Vaccination Hyderabad 1872-1889 - 1872-1889
Year: 1872
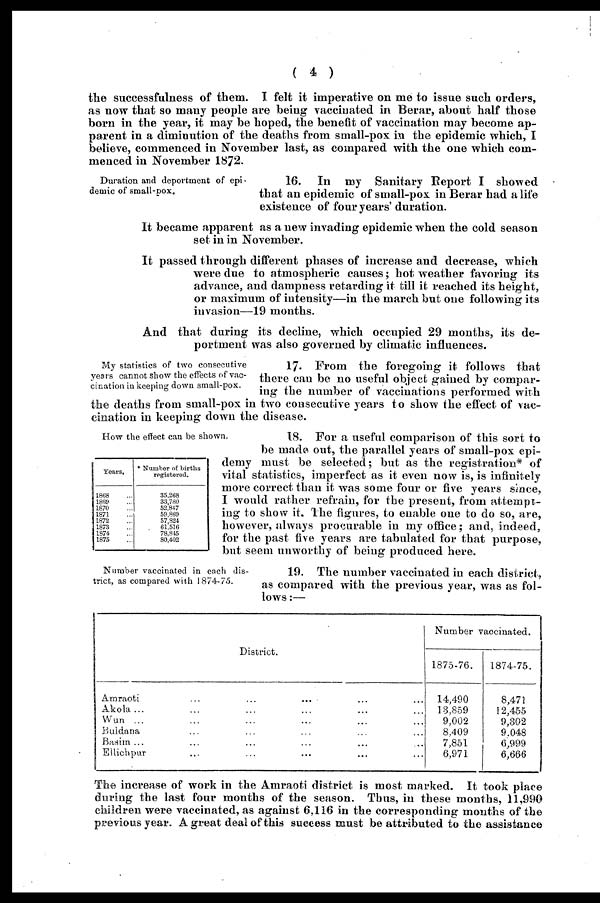
( 4 )
the successfulness of them. I felt it imperative on me to issue such orders,
as now that so many people are being vaccinated in Berar, about half those
born in the year, it may be hoped, the benefit of vaccination may become ap-
parent in a diminution of the deaths from small-pox in the epidemic which, I
believe, commenced in November last, as compared with the one which com-
menced in November 1872.
Duration and deportment of epi-
demic of small-pox.
16. In my Sanitary Report I showed
that an epidemic of small-pox in Berar had a life
existence of four years' duration.
It became apparent as a new invading epidemic when the cold season
set in in November.
It passed through different phases of increase and decrease, which
were due to atmospheric causes; hot weather favoring its
advance, and dampness retarding it till it reached its height,
or maximum of intensity—in the march but one following its
invasion—19 months.
And that during its decline, which occupied 29 months, its de-
portment was also governed by climatic influences.
My statistics of two consecutive
years cannot show the effects of vac-
cination in keeping down small-pox.
17. From the foregoing it follows that
there can be no useful object gained by compar-
ing the number of vaccinations performed with
the deaths from small-pox in two consecutive years to show the effect of vac-
cination in keeping down the disease.
How the effect can be shown.
Tears,
1868 ...
1869 ...
1870 ...
1871 ...
1872 ...
1873 ...
1874 ...
1875 ...
* Number of births
registered.
35,268
33,780
52,847
59,869
57,824
61,516
78,845
80,402
18. For a useful comparison of this sort to
be made out, the parallel years of small-pox epi-
demy must be selected; but as the registration* of
vital statistics, imperfect as it even now is, is infinitely
more correct than it was some four or five years since,
I would rather refrain, for the present, from attempt-
ing to show it. The figures, to enable one to do so, are,
however, always procurable in my office; and, indeed,
for the past five years are tabulated for that purpose,
but seem unworthy of being produced here.
Number vaccinated in each dis-
trict, as compared with 1874-75.
19. The number vaccinated in each district,
as compared with the previous year, was as fol-
lows :—
District.
Amraoti
...
...
...
...
...
Akola ... ... ... ... ...
Wun ... ... ... ... ...
Buldana ... ... ... ... ...
Basim ... ... ... ... ...
Ellichpur ... ... ... ... ...
Number vaccinated.
1875-76.
14,490
13,859
9,002
8,409
7,851
6,971
1874-75.
8,471
12,455
9,302
9,048
6,999
6,666
The increase of work in the Amraoti district is most marked. It took place
during the last four months of the season. Thus, in these months, 11,990
children were vaccinated, as against 6,116 in the corresponding months of the
previous year. A great deal of this success must be attributed to the assistance